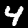
Label: 4